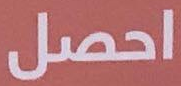
احصل